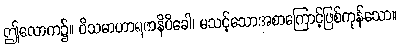
ဤလောက၌။ ဝိသမာဟာရဇာနိပိခေါ၊ မသင့်သောအစာကြောင့်ဖြစ်ကုန်သော။